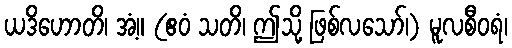
ယဒိဟောတိ၊ အံ့။ (ဧဝံ သတိ၊ ဤသို့ ဖြစ်လသော်၊) မူလစီဝရံ၊